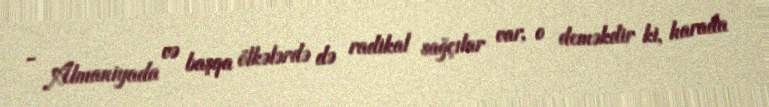
- Almaniyada və başqa ölkələrdə də radikal sağçılar var, o deməkdir ki, harada